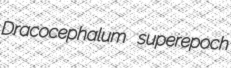
Dracocephalum superepoch